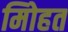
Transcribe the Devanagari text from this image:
मोिहत